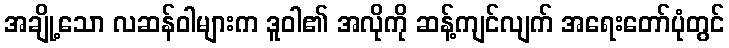
အချို့သော လဆန်ဝါများက ဒူဝါ၏ အလိုကို ဆန့်ကျင်လျက် အရေးတော်ပုံတွင်